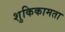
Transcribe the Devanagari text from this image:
शुकिकामता